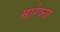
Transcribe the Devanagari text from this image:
मारेव्ना